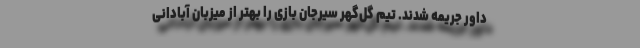
داور جریمه شدند. تیم گل‌گهر سیرجان بازی را بهتر از میزبان آبادانی